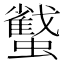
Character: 𧓷